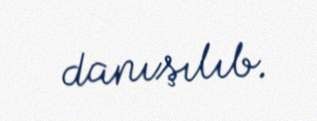
danışılıb.